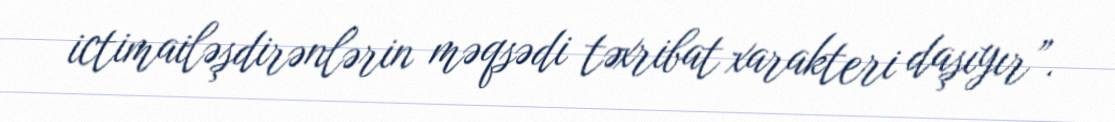
ictimailəşdirənlərin məqsədi təxribat xarakteri daşıyır”.